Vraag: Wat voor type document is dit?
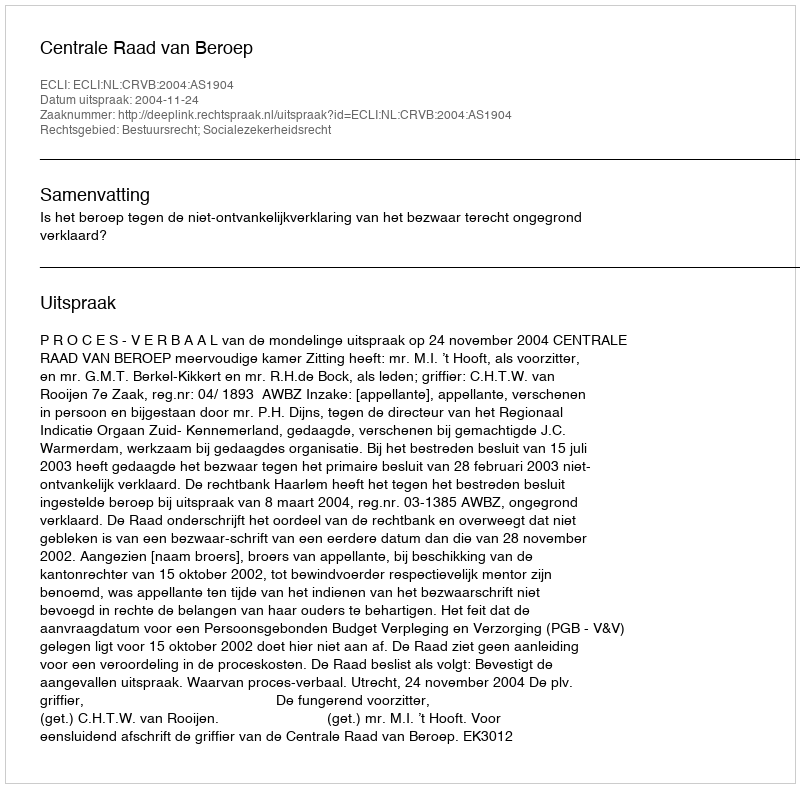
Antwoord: Uitspraak